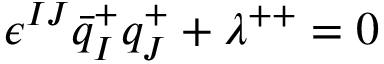
\epsilon ^ { I J } \bar { q } _ { I } ^ { + } q _ { J } ^ { + } + \lambda ^ { + + } = 0